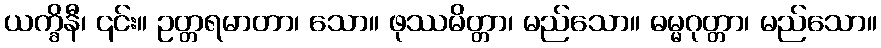
ယက္ခိနီ၊ ၎င်း။ ဥတ္တရမာတာ၊ သော။ ဖုဿမိတ္တာ၊ မည်သော။ ဓမ္မဂုတ္တာ၊ မည်သော။